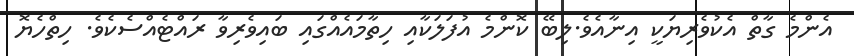
އެންމެ ގާތް އެކުވެރިޔަކީ އިނާއެވެ.ލިބޭ ކޮންމެ އުފަލަކާއި ހިތާމައެއްގައި ބައިވެރިވާ ރައްޓެއްސެކެވެ. ހިތްހެޔޮ